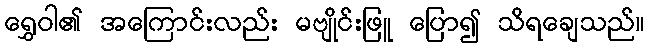
ရွှေဝါ၏ အကြောင်းလည်း မဗျိုင်းဖြူ ပြော၍ သိရချေသည်။